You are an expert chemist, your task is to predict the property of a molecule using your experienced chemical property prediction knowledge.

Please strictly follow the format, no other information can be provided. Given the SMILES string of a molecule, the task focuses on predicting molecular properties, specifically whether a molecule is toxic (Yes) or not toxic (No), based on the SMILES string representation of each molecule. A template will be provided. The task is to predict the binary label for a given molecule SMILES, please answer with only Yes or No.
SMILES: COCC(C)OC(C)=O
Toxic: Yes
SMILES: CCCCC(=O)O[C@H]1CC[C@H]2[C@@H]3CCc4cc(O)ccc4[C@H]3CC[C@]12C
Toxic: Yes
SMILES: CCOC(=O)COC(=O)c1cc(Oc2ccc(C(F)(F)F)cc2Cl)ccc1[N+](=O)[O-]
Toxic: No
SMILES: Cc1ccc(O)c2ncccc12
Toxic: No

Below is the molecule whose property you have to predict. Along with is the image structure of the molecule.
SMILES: C=CCc1cc(S(=O)(=O)c2ccc(O)c(CC=C)c2)ccc1O
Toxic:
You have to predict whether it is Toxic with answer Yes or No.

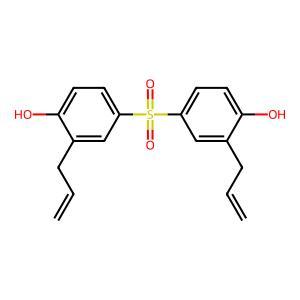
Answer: No